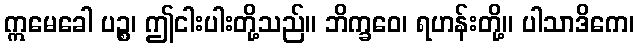
ဣမေခေါ ပဉ္စ၊ ဤငါးပါးတို့သည်။ ဘိက္ခဝေ၊ ရဟန်းတို့။ ပါသာဒိကေ၊